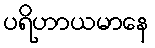
ပရိဟာယမာနေ